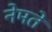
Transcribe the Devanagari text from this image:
नेमतें